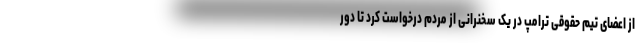
از اعضای تیم حقوقی ترامپ در یک سخنرانی از مردم درخواست کرد تا دور